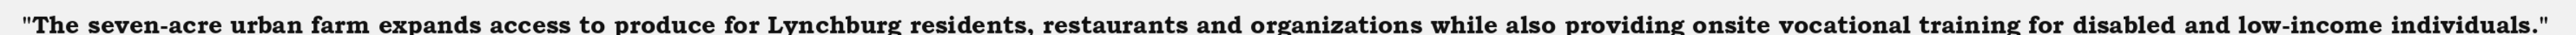
"The seven-acre urban farm expands access to produce for Lynchburg residents, restaurants and organizations while also providing onsite vocational training for disabled and low-income individuals."